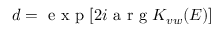
d = \mathrm { ~ e ~ x ~ p ~ } [ 2 i \mathrm { ~ a ~ r ~ g ~ } K _ { v w } ( E ) ]